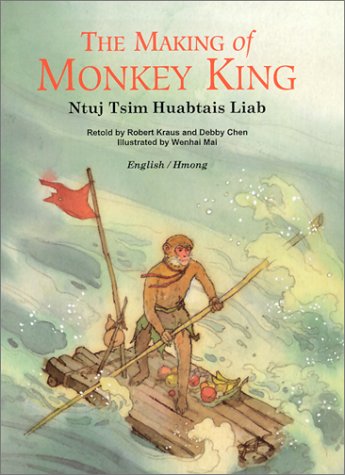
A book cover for The Making of Monkey King, English/Hmong (Adventures of Monkey King Series); Robert Kraus; Children's Books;